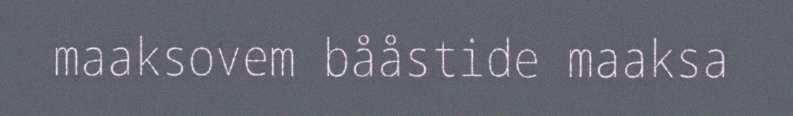
maaksovem bååstide maaksa